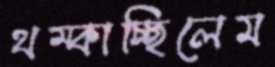
থম্‌কাচ্ছিলেম